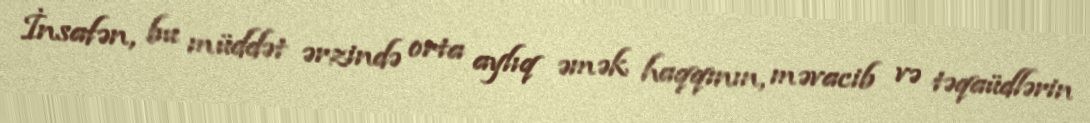
İnsafən, bu müddət ərzində orta aylıq əmək haqqının, məvacib və təqaüdlərin